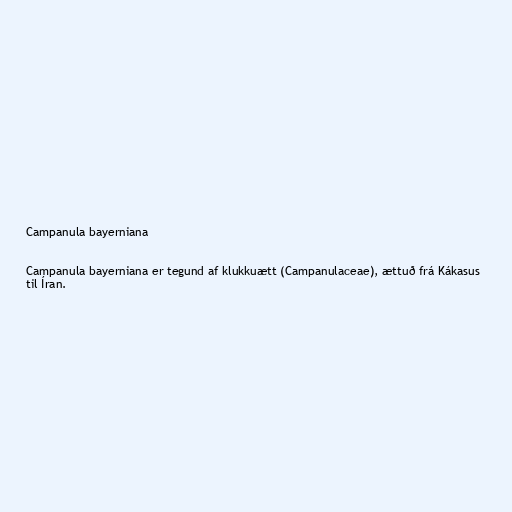
Campanula bayerniana

Campanula bayerniana er tegund af klukkuætt (Campanulaceae), ættuð frá Kákasus
til Íran.